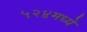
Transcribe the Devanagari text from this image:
५२४मध्ये